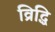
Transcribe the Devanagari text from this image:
व्रिद्धि